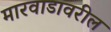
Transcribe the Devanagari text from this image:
मारवाडावरील